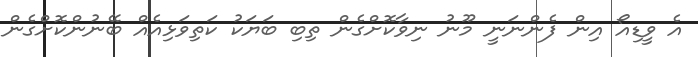
އެ ވީޑިއޯ އިން ފެންނަނީ މޫނު ނިވާކޮށްގެން ތިބި ބަޔަކު ކަތިވަޅިއެއް ބޭނުންކޮށްގެން